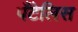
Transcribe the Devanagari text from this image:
पँटेलिस